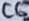
Text: C6